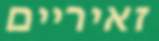
זאיריים